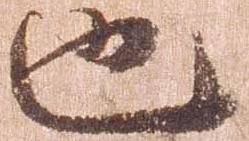
也